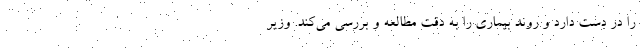
را در دست دارد و روند بیماری را به دقت مطالعه و بررسی می‌‌کند. وزیر